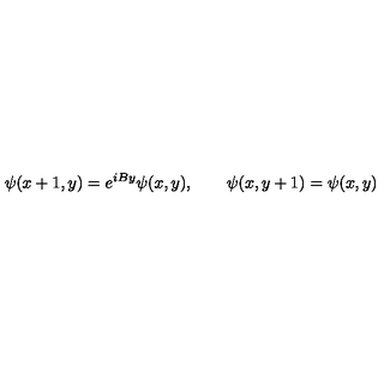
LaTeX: \psi ( x + 1 , y ) = e ^ { i B y } \psi ( x , y ) , \qquad \psi ( x , y + 1 ) = \psi ( x , y )